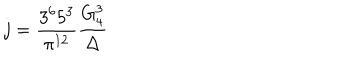
LaTeX: j = \frac { 3 ^ { 6 } 5 ^ { 3 } } { \pi ^ { 1 2 } } \frac { G _ { 4 } ^ { 3 } } { \Delta }